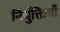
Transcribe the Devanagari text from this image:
निर्युक्तियाँ